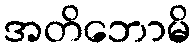
အတိဘောမိ